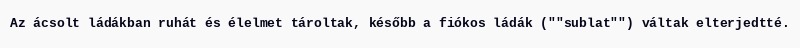
Az ácsolt ládákban ruhát és élelmet tároltak, később a fiókos ládák (""sublat"") váltak elterjedtté.